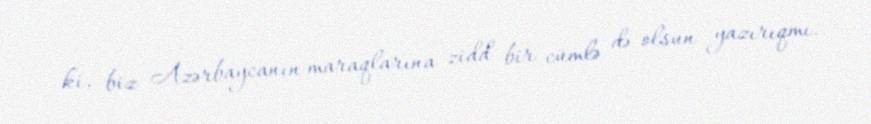
ki, biz Azərbaycanın maraqlarına zidd bir cümlə də olsun yazırıqmı.